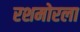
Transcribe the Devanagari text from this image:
रशमोरला